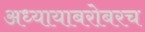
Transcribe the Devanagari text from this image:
अध्यायाबरोबरच